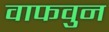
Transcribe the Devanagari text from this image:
वाफवुन